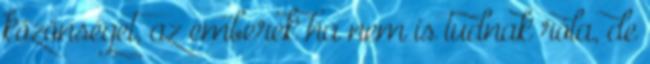
közönséget, az emberek ha nem is tudnak róla, de